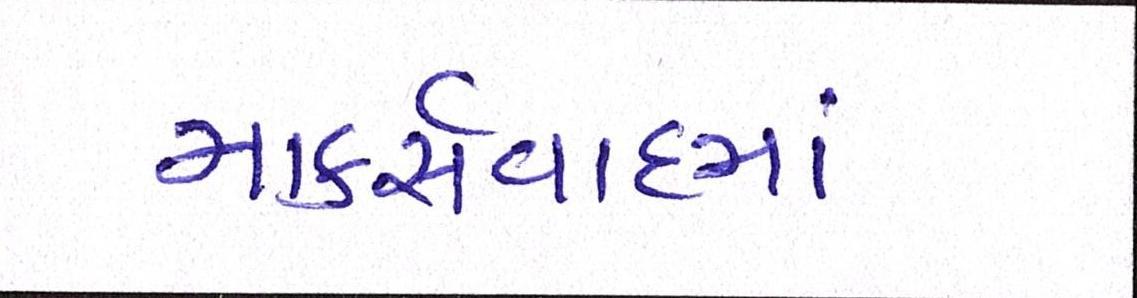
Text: માર્ક્સવાદમાં